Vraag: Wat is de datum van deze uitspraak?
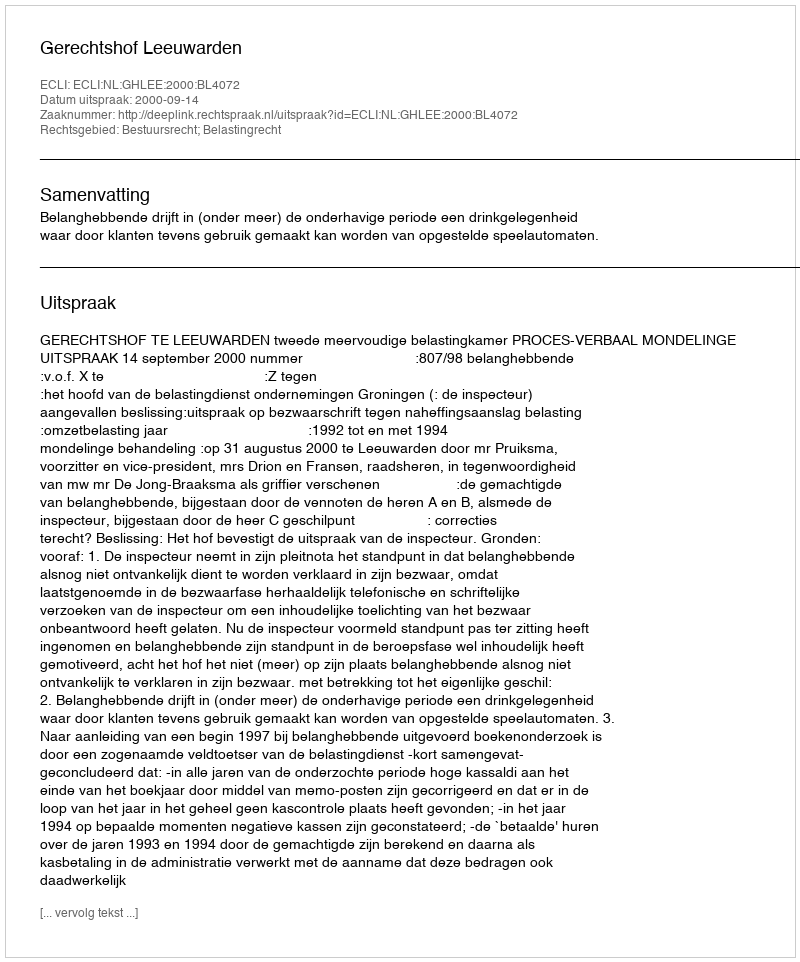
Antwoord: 2000-09-14